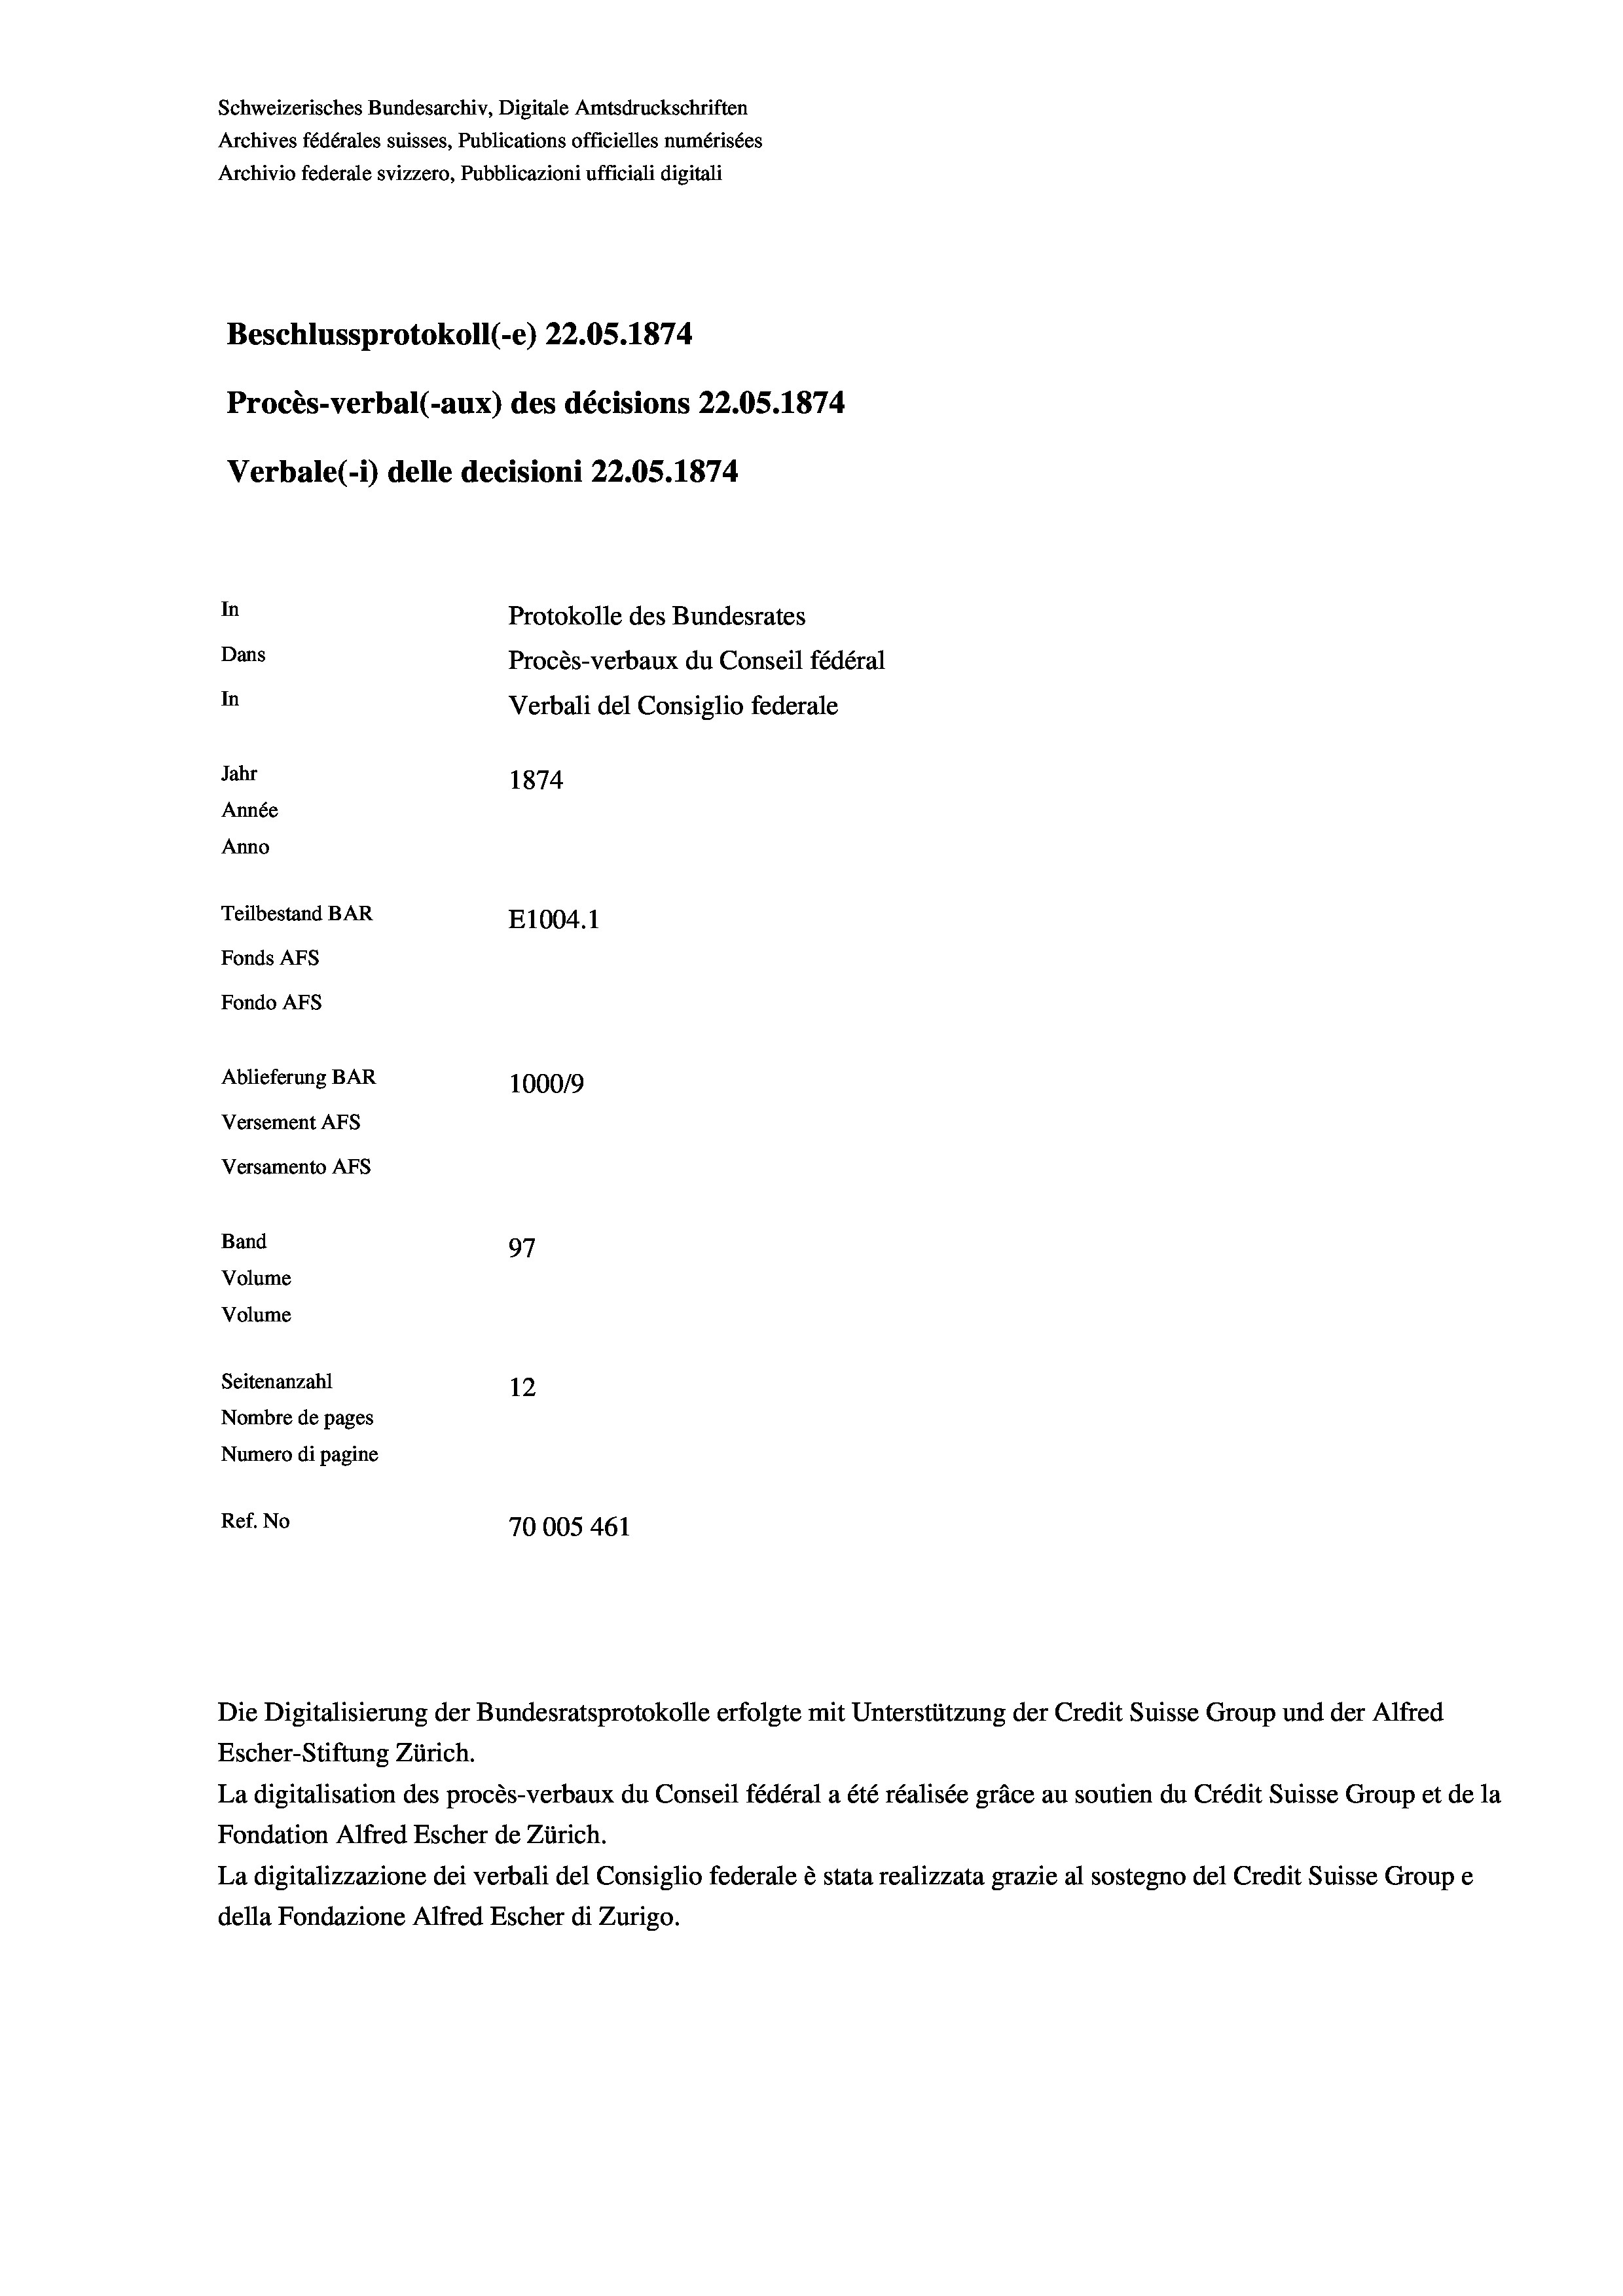
Schweizerisches Bundesarchiv, Digitale Amtsdruckschriften
Archives fédérales suisses, Publications officielles numérisées
Archivio federale svizzero, Pubblicazioni ufficiali digitali
Beschlussprotokoll (-e) 22.05. 1874.
Procès-verbal (-aux) des décisions 22.05. 1874
Verbale (1) delle decisioni 22.05. 1874
In
Protokolle des Bundesrates
Dans
Procès-verbaux du Conseil fédéral
In
Verbali del Consiglio federale
Jahr
1874
Année
Anno
Teilbestand BAR
E1004.1
Fonds AFs
Fondo AFs
Ablieferung BAR
100019
Versement Abs
Versamento Afs
Band
97
Volume
Volume

Seitenanzahl
12
Nombre de pages
Numero di pagine
Ref. No
70005 461

Die Digitalisierung der Bundesratsprotokolle erfolgte mit Unterstützung der Credit Suisse Group und der Alfred
Escher-Stiftung Zürich.
La digitalisation des procès-verbaux du Conseil fédéral a été réalisée gräce au soutien du Crédit Suisse Group et de la
Fondation Alfred Escher de Zürich.
La digitalizzazione dei verbali del Consiglio federale è stata realizzata grazie al sostegno del Credit Suisse Groupe
della Fondazione Alfred Escher di Zurigo.